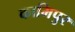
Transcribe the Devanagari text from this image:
कामिपुर